Indian journal of veterinary science and animal husbandry - Volume 8,
Year: 1938
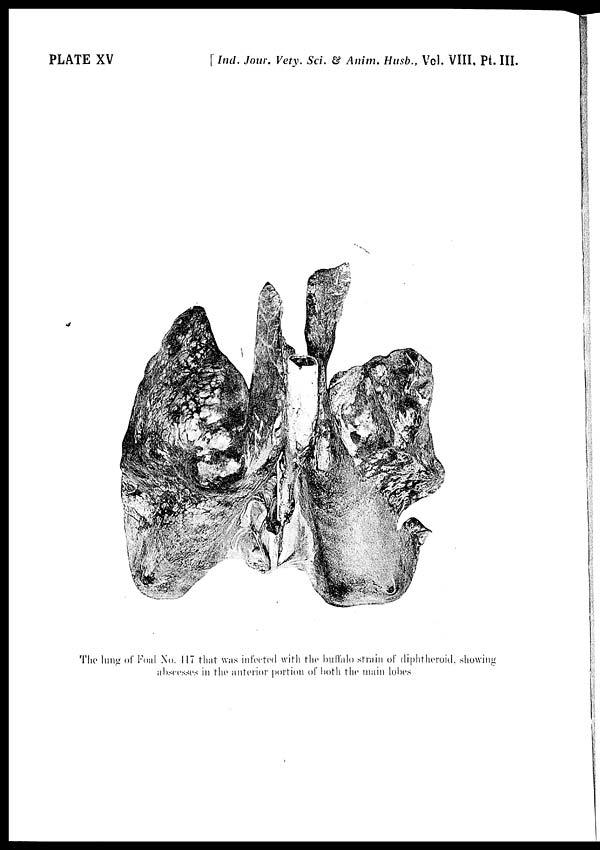
PLATE XV
[ Ind. Jour. Vety. Sci. & Anim. Husb., Vol. VIII, Pt. III.
The lung of Foal No. 417 that was infected with the buffalo strain of diphtheroid, showing
abscesses in the anterior portion of both the main lobes